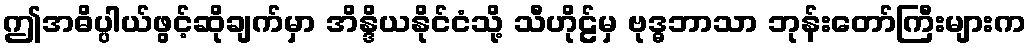
ဤအဓိပ္ပါယ်ဖွင့်ဆိုချက်မှာ အိန္ဒိယနိုင်ငံသို့ သီဟိုဠ်မှ ဗုဒ္ဓဘာသာ ဘုန်းတော်ကြီးများက